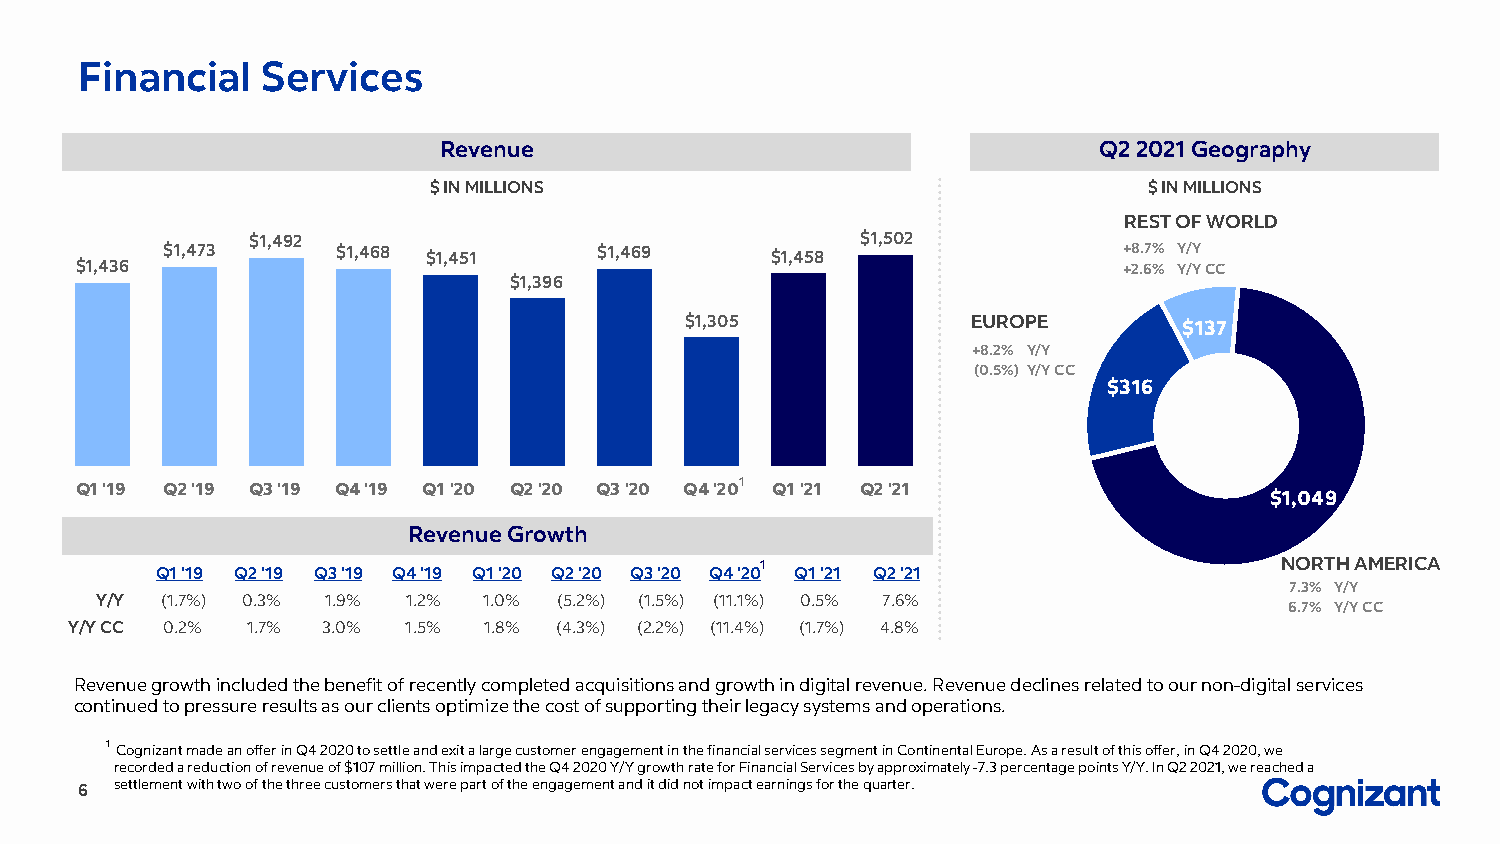
Financial   Services
 Revenue                                     Q2 2021 Geography
 $ IN MILLIONS                                   $ IN MILLIONS
 REST OF WORLD
 $1,492                                   $1,502
 $1,473     $1,468 $1,451     $1,469     $1,458                 +8.7% Y/Y
 $1,436                                                               +2.6% Y/Y CC
 $1,396
 $1,305             EUROPE        $137
 +8.2% Y/Y
 (0.5%) Y/Y CC
 $316
 Q1 '19 Q2 '19 Q3 '19 Q4 '19 Q1 '20 Q2 '20 Q3 '20 Q4 '201 Q1 '21 Q2 '21
 $1,049
 Revenue Growth
 1                                  NORTH AMERICA
 Q1 '19 Q2 '19 Q3 '19 Q4 '19 Q1 '20 Q2 '20 Q3 '20 Q4 '20 Q1 '21 Q2 '21
 7.3% Y/Y
 Y/Y  (1.7%) 0.3% 1.9% 1.2% 1.0% (5.2%) (1.5%) (11.1%) 0.5% 7.6%
 6.7% Y/Y CC
 Y/Y CC 0.2% 1.7% 3.0% 1.5% 1.8% (4.3%) (2.2%) (11.4%) (1.7%) 4.8%
 Revenue growth included the benefit of recently completed acquisitions and growth in digital revenue. Revenue declines related to our non-digital services
 continued to pressure results as our clients optimize the cost of supporting their legacy systems and operations.
 1 Cognizant made an offer in Q4 2020 to settle and exit a large customer engagement in the financial services segment in Continental Europe. As a result of this offer, in Q4 2020, we
 recorded a reduction of revenue of $107 million. This impacted the Q4 2020 Y/Y growth rate for Financial Services by approximately -7.3 percentage points Y/Y. In Q2 2021, we reached a
 6  settlement with two of the three customers that were part of the engagement and it did not impact earnings for the quarter.